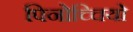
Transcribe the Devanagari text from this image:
पिनोच्चियो